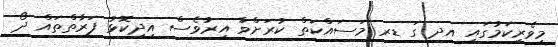
މިވެރިކަމުގައި އދ ގަ ޑރ މަސައްކަތް ކުރަށްވާ އިރުވެސް އިިދިކޮޅު ފަރާތްތައް ދޯ